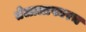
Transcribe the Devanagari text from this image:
तेलालाफारच